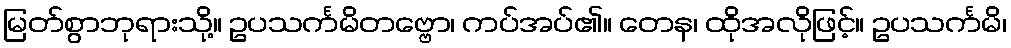
မြတ်စွာဘုရားသို့။ ဥပသင်္ကမိတဗ္ဗော၊ ကပ်အပ်၏။ တေန၊ ထိုအလိုဖြင့်။ ဥပသင်္ကမိ၊